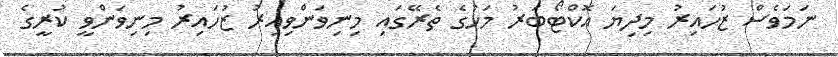
ނަމަވެސް ޒުހައިރު މިދިޔަ އޮކްޓޯބަރު މަހުގެ ތެރޭގައި މިނިވަންވިއިރު ޒުހައިރު މިނިވަންވީ ކުރީގެ